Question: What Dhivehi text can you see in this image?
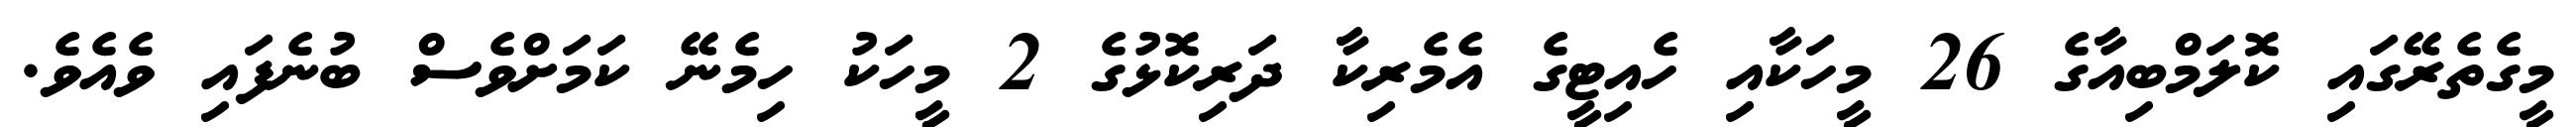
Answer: މީގެތެރޭގައި ކޮލަމްބިއާގެ 26 މީހަކާއި ހެއިޓީގެ އެމެރިކާ ދަރިކޮޅުގެ 2 މީހަކު ހިމެނޭ ކަމަށްވެސް ބުނެފައި ވެއެވެ.